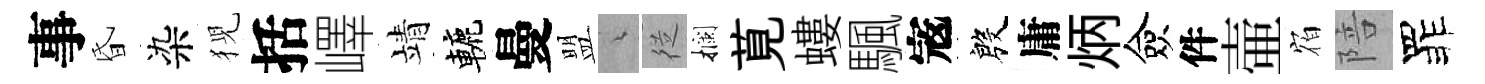
事昏染猊括嶧靖轆曼盟綿従攔莧螻颿𡨥殷庸炳僉件壷𪧐陪罪